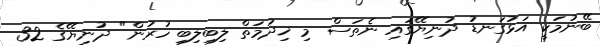
ބޭނުމަކީ އަޅުގަނޑު ދުނިޔޭގައި ނެތަސް މި ޚިދުމަތް ލިބިލިބި ހުރުން" ދުނިޔޭގެ 32